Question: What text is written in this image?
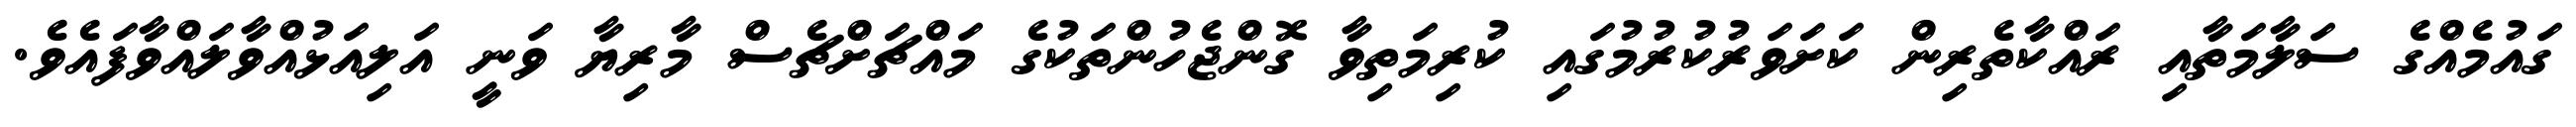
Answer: ގައުމެއްގެ ސަލާމަތާއި ރައްކާތެރިން ކަށަވަރުކުރުމުގައި ކުރިމަތިވާ ގޮންޖެހުންތަކުގެ މައްޗަށްޗެސް މާރިޔާ ވަނީ އަލިއަޅުއްވާލައްވާފައެވެ.